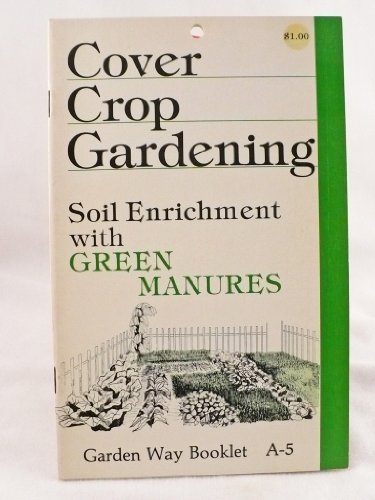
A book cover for Cover Crop Gardening - Soil Enrichment with Green Manures - Garden Way Booklet A-5; Sue Storey; Crafts, Hobbies & Home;